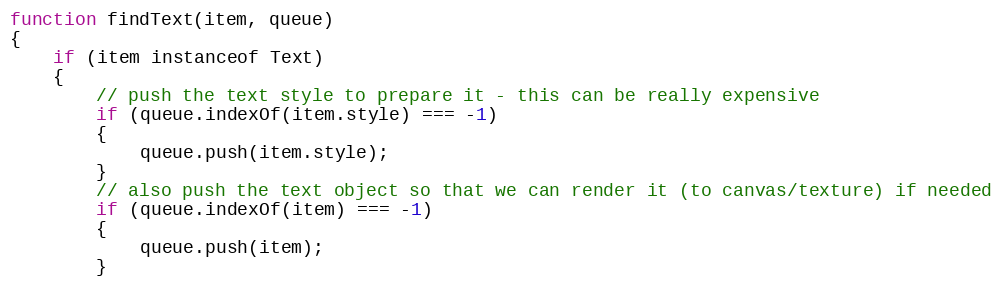
Language: JavaScript
function findText(item, queue)
{
    if (item instanceof Text)
    {
        // push the text style to prepare it - this can be really expensive
        if (queue.indexOf(item.style) === -1)
        {
            queue.push(item.style);
        }
        // also push the text object so that we can render it (to canvas/texture) if needed
        if (queue.indexOf(item) === -1)
        {
            queue.push(item);
        }